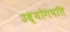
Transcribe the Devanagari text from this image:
उध्योगपति